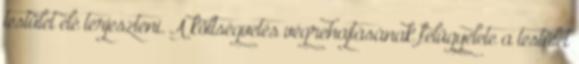
testület elé terjeszteni. A költségvetés végrehajtásának felügyelete a testület